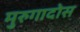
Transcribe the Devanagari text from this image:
मुरुगादोस